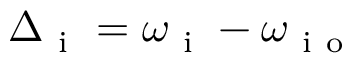
\Delta _ { \mathrm { ~ i ~ } } = \omega _ { \mathrm { ~ i ~ } } - \omega _ { { \mathrm { ~ i ~ o ~ } } }